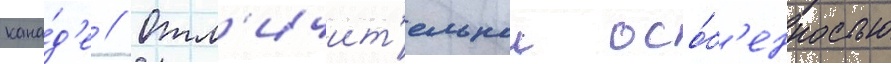
кана́д'е // Отл'ичит'ельнои осо́б'енностью